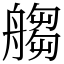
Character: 䑼